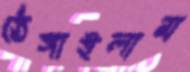
ঠেঙ্গাইলাম